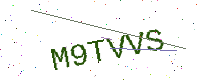
Text: M9TVVS